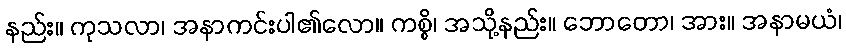
နည်း။ ကုသလာ၊ အနာကင်းပါ၏လော။ ကစ္စိ၊ အသို့နည်း။ ဘောတော၊ အား။ အနာမယံ၊